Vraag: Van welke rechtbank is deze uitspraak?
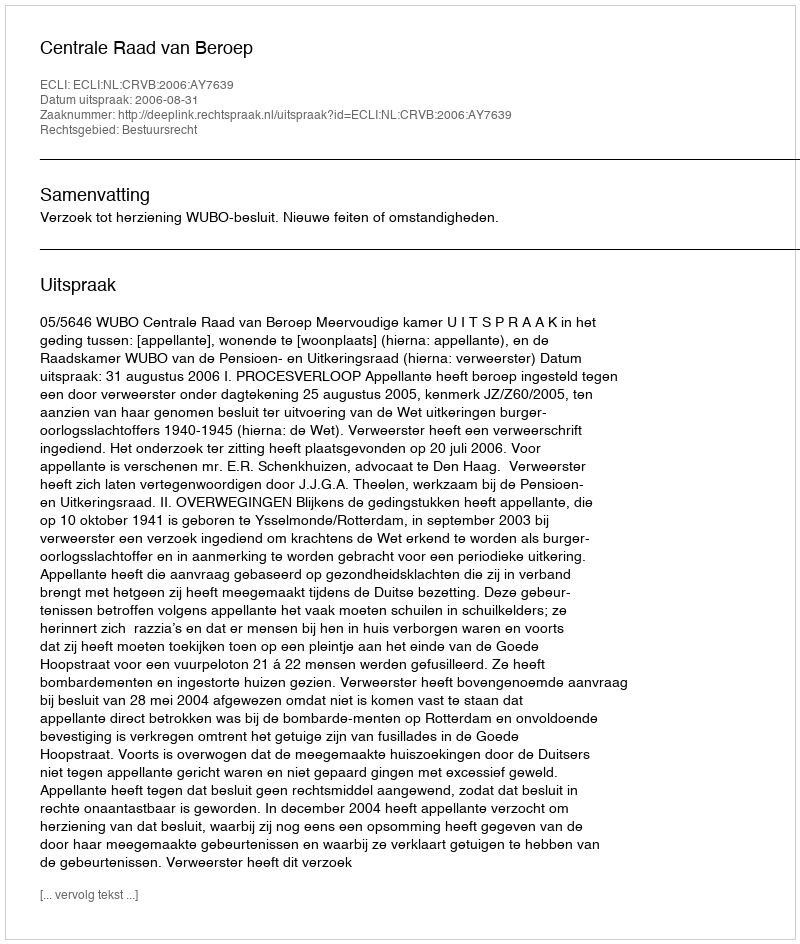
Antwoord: Centrale Raad van Beroep